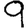
Digit: 9